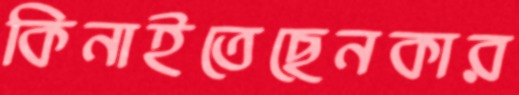
কিনাইতেছেনকার